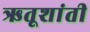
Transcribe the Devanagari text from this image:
ऋतूशांती